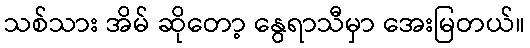
သစ်သား အိမ် ဆိုတော့ နွေရာသီမှာ အေးမြတယ်။